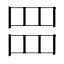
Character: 𮊂